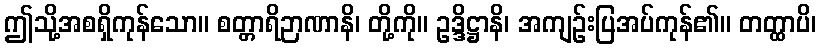
ဤသို့အစရှိကုန်သော။ စတ္တာရိဉာဏာနိ၊ တို့ကို။ ဥဒ္ဒိဋ္ဌာနိ၊ အကျဉ်းပြအပ်ကုန်၏။ တတ္ထာပိ၊